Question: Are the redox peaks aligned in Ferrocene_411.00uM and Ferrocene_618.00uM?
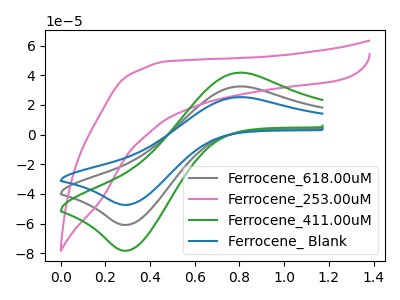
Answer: <think>The gray curve "Ferrocene_618.00uM" has an anodic peak at (0.80V, 32.55uA) and a cathodic peak at (0.30V, -60.85uA). The pink curve "Ferrocene_253.00uM" has no peaks. The green curve "Ferrocene_411.00uM" has an anodic peak at (0.80V, 41.85uA) and a cathodic peak at (0.30V, -78.25uA). The blue curve "Ferrocene_ Blank" has an anodic peak at (0.80V, 65.05uA) and a cathodic peak at (0.30V, -121.75uA).</think>
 <answer>Yes, "Ferrocene_411.00uM" have a peak in "Ferrocene_618.00uM" at the same potential.</answer>
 <eval>match</eval>